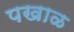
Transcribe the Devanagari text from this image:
पखाळ